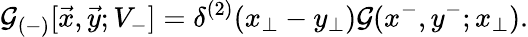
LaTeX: {\cal G}_{(-)}[\vec{x},\vec{y};V_{-}]=\delta^{(2)}(x_{\perp}-y_{\perp}){\cal G}(x^{-},y^{-};x_{\perp}).